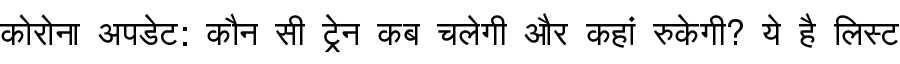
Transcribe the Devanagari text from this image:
कोरोना अपडेट: कौन सी ट्रेन कब चलेगी और कहां रुकेगी? ये है लिस्ट